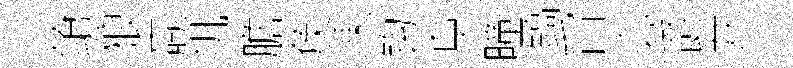
鎗狼贏帆膽矦凍钩阜曈鎬旨宓爵并